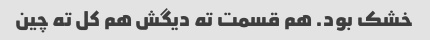
خشک بود. هم قسمت ته دیگش هم کل ته چین